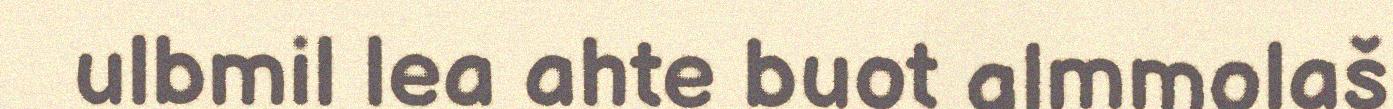
ulbmil lea ahte buot almmolaš